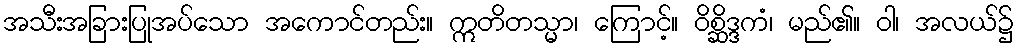
အသီးအခြားပြုအပ်သော အကောင်တည်း။ ဣတိတသ္မာ၊ ကြောင့်။ ဝိစ္ဆိဒ္ဒကံ၊ မည်၏။ ဝါ၊ အလယ်၌